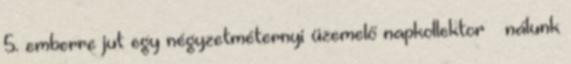
5. emberre jut egy négyzetméternyi üzemelő napkollektor – nálunk